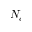
N _ { c }